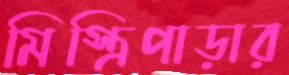
মিস্ত্রিপাড়ার